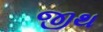
જીથ